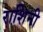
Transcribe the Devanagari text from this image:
राशिनी